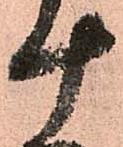
十